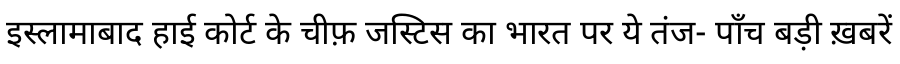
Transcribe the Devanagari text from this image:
इस्लामाबाद हाई कोर्ट के चीफ़ जस्टिस का भारत पर ये तंज- पाँच बड़ी ख़बरें